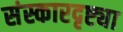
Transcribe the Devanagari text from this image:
संस्कारदृष्ट्या